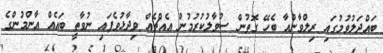
ބައްދަލުވުމުގައި ރިލްވާންއާ ބެހޭ ގޮތުން ސުވާލުކުރުމުން އެއްޗެއް ވިދާޅުވެފައި ނުވާތީ ބައެއް އާންމުންގެ